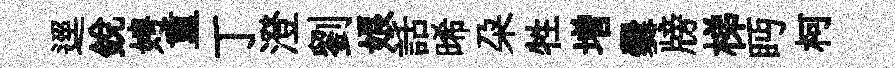
逕銳娉重丁澄劉娘話晞朶牲増爨牓梯眄柯